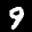
Label: 9